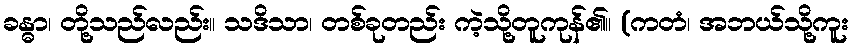
ခန္ဓာ၊ တို့သည်လည်း။ သဒိသာ၊ တစ်ခုတည်း ကဲ့သို့တူကုန်၏။ (ကတံ၊ အဘယ်သို့ကူး